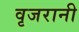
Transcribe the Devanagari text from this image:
वृजरानी